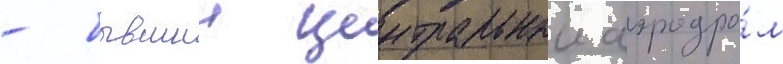
- бывшии центральныи аэродро́м